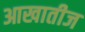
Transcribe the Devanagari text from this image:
आखातीज